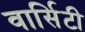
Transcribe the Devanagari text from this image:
वार्सिटी